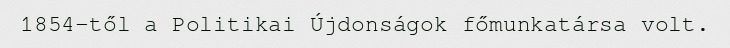
1854-től a Politikai Újdonságok főmunkatársa volt.